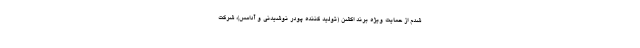
شدم از حمایت ویژه برند اکشن (تولید کننده پودر نوشیدنی و آدامس)، شرکت